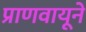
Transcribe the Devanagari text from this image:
प्राणवायूने